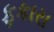
ફકારા